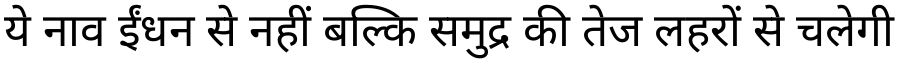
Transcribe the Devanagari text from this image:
ये नाव ईंधन से नहीं बल्कि समुद्र की तेज लहरों से चलेगी